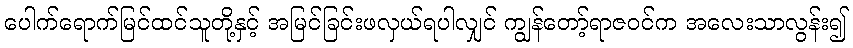
ပေါက်ရောက်မြင်ထင်သူတို့နှင့် အမြင်ခြင်းဖလှယ်ရပါလျှင် ကျွန်တော့်ရာဇဝင်က အလေးသာလွန်း၍